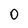
Character: 0